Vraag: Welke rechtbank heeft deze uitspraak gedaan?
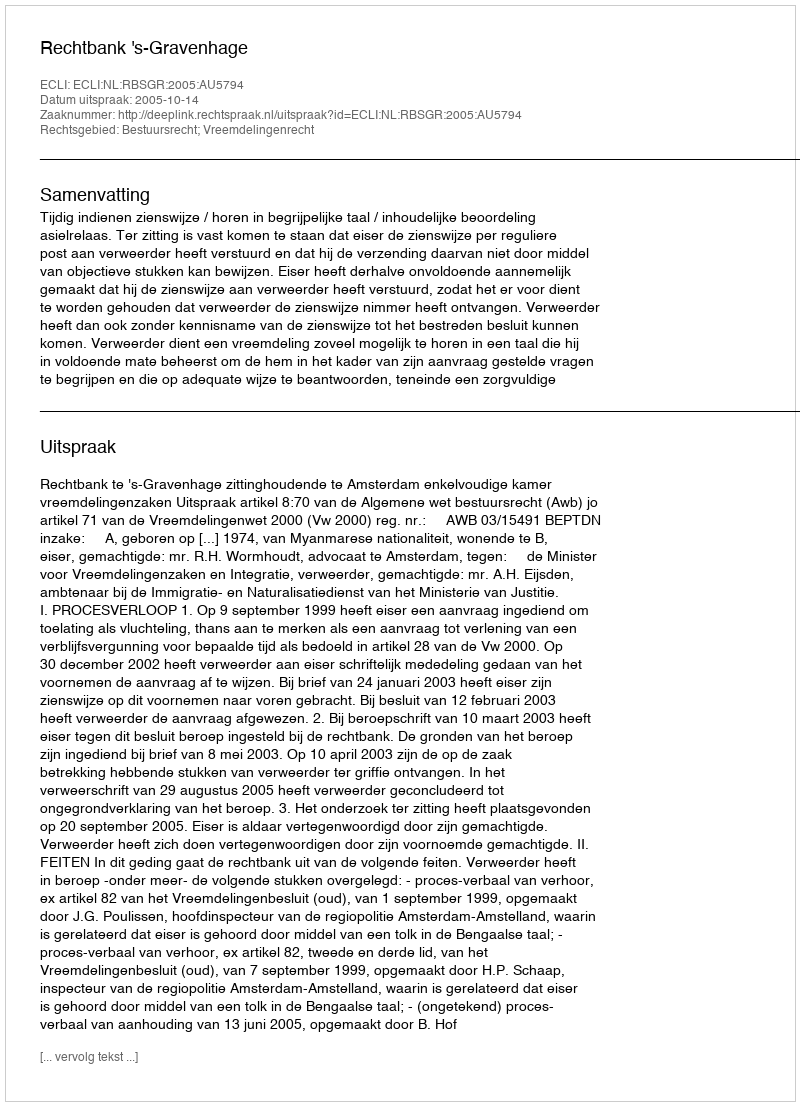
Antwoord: Rechtbank 's-Gravenhage